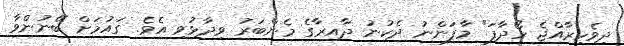
ދިވެހިރާއްޖެ ހޯދާފަ" މާފަންނު ދެކުނު ދާއިރާގެ މެންބަރު ވިދާޅުވި އެވެ. ގައުމަށް ބޭނުންވާ